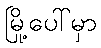
မြို့ပေါ်မှာ